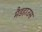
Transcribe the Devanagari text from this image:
मैडहाउस